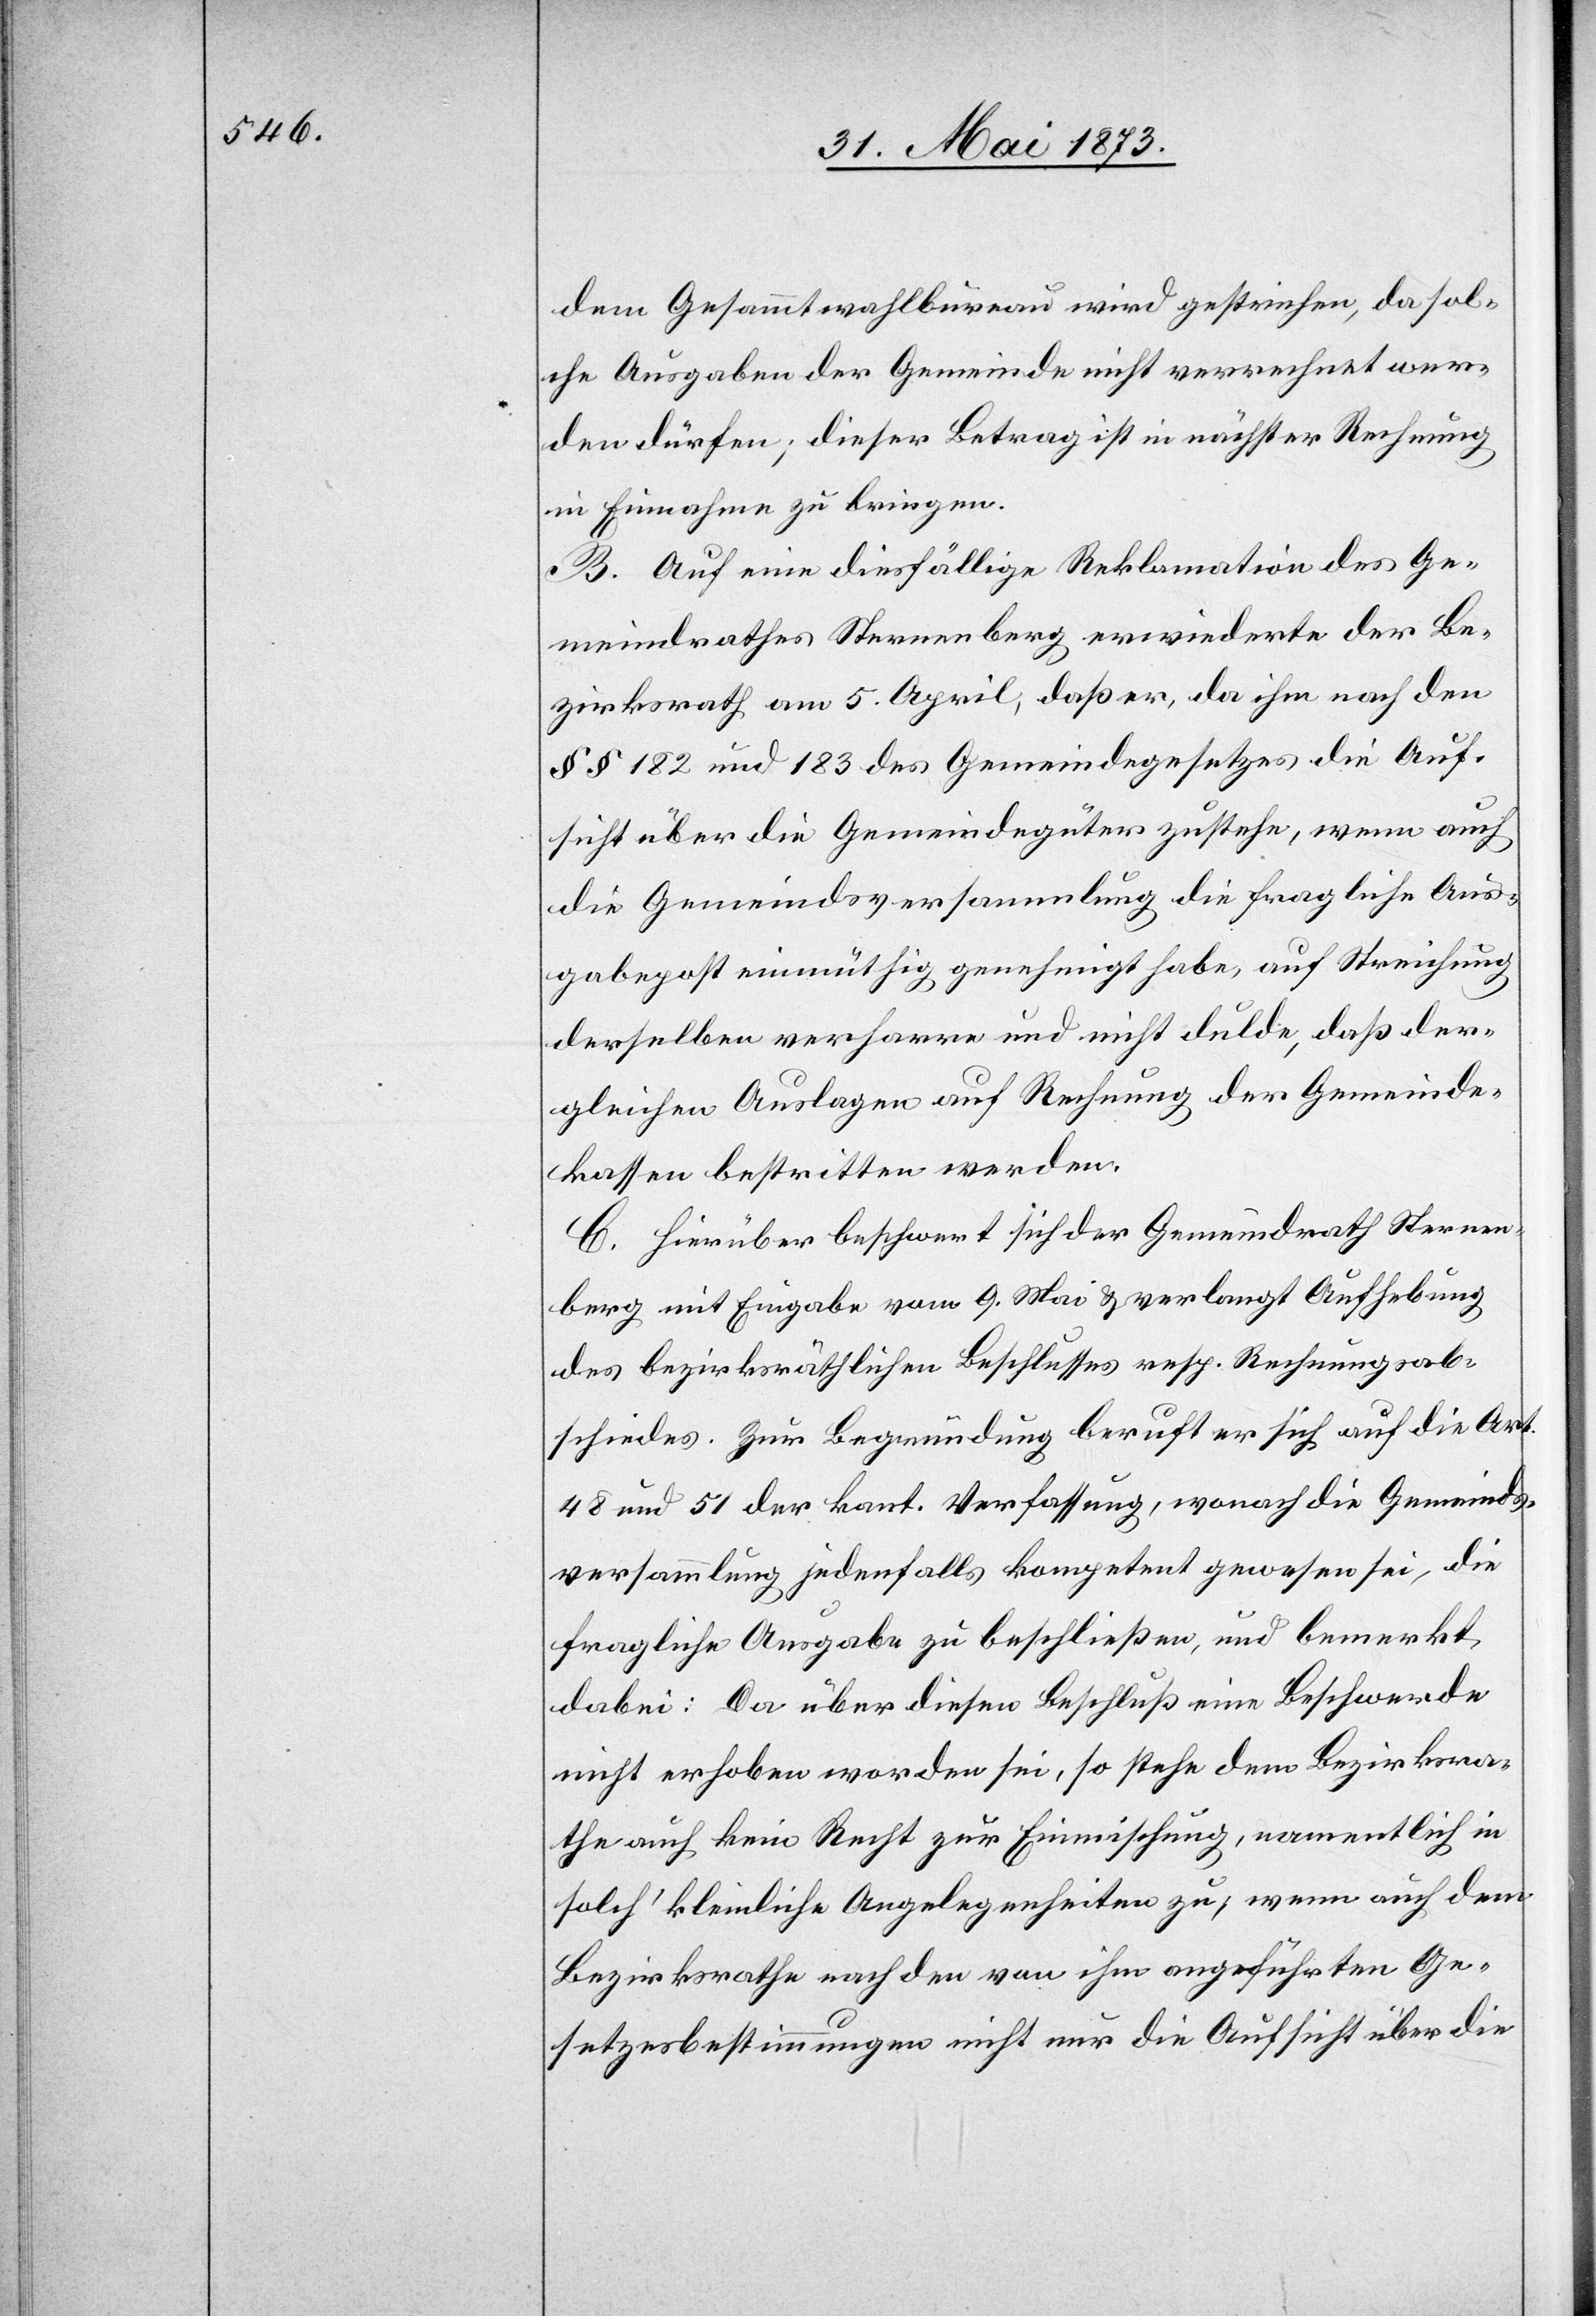
dem Gesammtwahlbureau [sic!] wird gestrichen, da sol¬
che Ausgaben der Gemeinde nicht verrechnet wer¬
den dürfen; dieser Betrag ist in nächster Rechnung
in Einnahme zu bringen.
B. Auf eine diesfällige Reklamation des Ge¬
meindrathes Sternenberg erwiederte der Be¬
zirksrath am 5. April, daß er, da ihm nach den
§ § 182 und 183 des Gemeindegesetzes die Auf¬
sicht über die Gemeindegüter zustehe, wenn auch
die Gemeindsversammlung die fragliche Aus¬
gabepost einmüthig genehmigt habe, auf Streichung
derselben verharre und nicht dulde, daß der¬
gleichen Auslagen auf Rechnung der Gemeinde¬
kassen bestritten werden.
C. Hierüber beschwert sich der Gemeindrath Sternen¬
berg mit Eingabe vom 9. Mai & verlangt Aufhebung
des bezirksräthlichen Beschlusses resp. Rechnungsab¬
schiedes. Zur Begründung beruft er sich auf die Art.
48 und 51 der kant. Verfassung, wonach die Gemeinds¬
versammlung jedenfalls kompetent gewesen sei, die
fragliche Ausgabe zu beschließen, und bemerkt
dabei: Da über diesen Beschluß eine Beschwerde
nicht erhoben worden sei, so stehe dem Bezirksra¬
the auch kein Recht zur Einmischung, namentlich in
solch’ kleinliche Angelegenheiten zu; wenn auch dem
Bezirksrathe nach den von ihm angeführten Ge¬
setzesbestimmungen nicht nur die Aufsicht über die